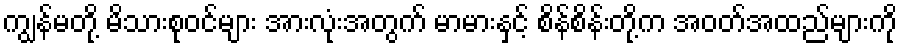
ကျွန်မတို့ မိသားစုဝင်များ အားလုံးအတွက် မာမားနှင့် စိန်စိန်းတို့က အဝတ်အထည်များကို